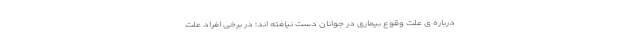
درباره ی علت وقوع بیماری در جوانان دست نیافته اند؛ در برخی افراد علت